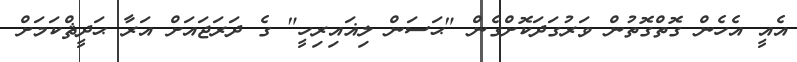
އެއީ އެހެން ގޮތްގޮތުން ވަރުގަދަކޮށްގެން "ޙަސަން ލިޣައިރިހީ" ގެ ދަރަޖައަށް އަރާ ޙަދީޘްކަމަށް